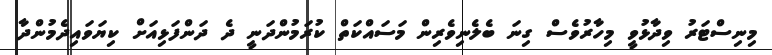
މިނިސްޓަރު ވިދާޅުވީ މިހާރުވެސް ގިނަ ބެލެނިވެރިން މަސައްކަތް ކުރަމުންދަނީ ދެ ދަންފަޅިއަށް ކިޔަވައިދެމުންދާ